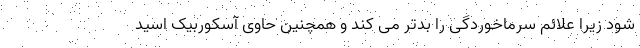
شود زیرا علائم سرماخوردگی را بدتر می کند و همچنین حاوی آسکوربیک اسید